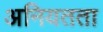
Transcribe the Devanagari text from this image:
अनियतता